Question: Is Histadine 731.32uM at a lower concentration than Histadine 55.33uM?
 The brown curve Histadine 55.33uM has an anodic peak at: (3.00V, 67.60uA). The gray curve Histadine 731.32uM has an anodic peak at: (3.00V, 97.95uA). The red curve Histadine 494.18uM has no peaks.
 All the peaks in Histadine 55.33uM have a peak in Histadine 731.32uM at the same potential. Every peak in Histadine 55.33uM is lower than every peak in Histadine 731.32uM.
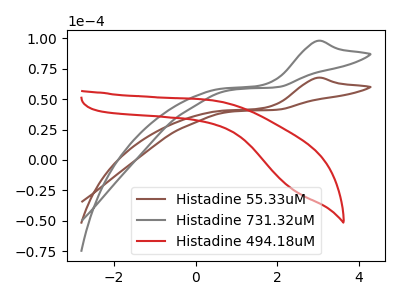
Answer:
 <answer>"Histadine 55.33uM" has less signal than "Histadine 731.32uM" and so likely has a lower concentration.</answer>
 <eval>less_concentration</eval>